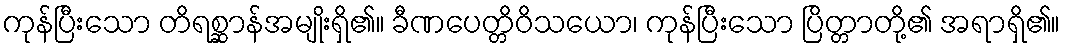
ကုန်ပြီးသော တိရစ္ဆာန်အမျိုးရှိ၏။ ခီဏပေတ္တိဝိသယော၊ ကုန်ပြီးသော ပြိတ္တာတို့၏ အရာရှိ၏။